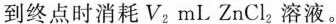
到终点时消耗V _ { 2}mLZnCl _ { 2}溶液。